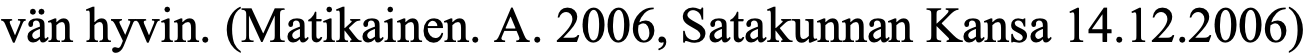
vän hyvin. (Matikainen. A. 2006, Satakunnan Kansa 14.12.2006)